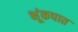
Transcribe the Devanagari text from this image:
भूंकपात